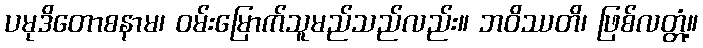
ပမုဒိတောစနာမ၊ ဝမ်းမြောက်သူမည်သည်လည်း။ ဘဝိဿတိ၊ ဖြစ်လတ္တံ့။